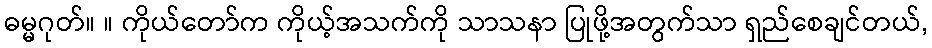
ဓမ္မဂုတ်။ ။ ကိုယ်တော်က ကိုယ့်အသက်ကို သာသနာ ပြုဖို့အတွက်သာ ရှည်စေချင်တယ်,